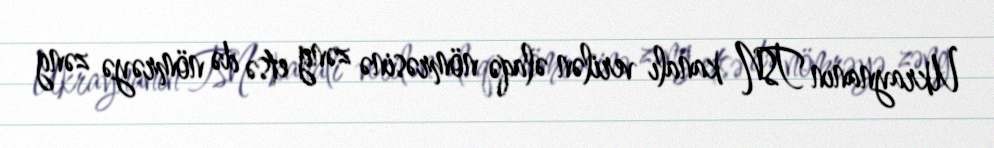
Ukraynanın TSN kanalı verilən əlaqə nömrəsinə zəng etsə də nömrəyə zəng